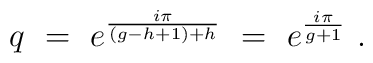
q ~=~ e^{i \pi \over (g-h+1) + h} ~=~ e^{i \pi \over g+1} \ .